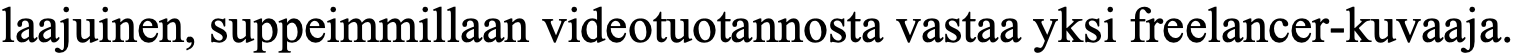
laajuinen, suppeimmillaan videotuotannosta vastaa yksi freelancer-kuvaaja.